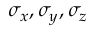
\sigma _ { x } , \sigma _ { y } , \sigma _ { z }